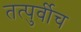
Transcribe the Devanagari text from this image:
तत्पुर्वीच